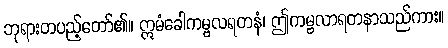
ဘုရားတပည့်တော်၏။ ဣမံခေါကမ္ဗလရတနံ၊ ဤကမ္ဗလာရတနာသည်ကား။